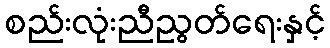
စည်းလုံးညီညွတ်ရေးနှင့်